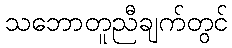
သဘောတူညီချက်တွင်